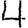
Digit: 4